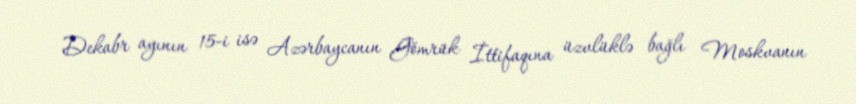
Dekabr ayının 15-i isə Azərbaycanın Gömrük İttifaqına üzvlüklə bağlı Moskvanın